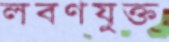
লবণযুক্ত